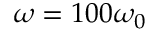
\omega = 1 0 0 \omega _ { 0 }